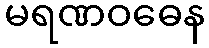
မရဏဝဓေန